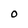
Character: O